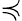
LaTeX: \preccurlyeq